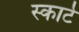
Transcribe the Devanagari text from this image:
स्कार्ट